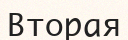
Вторая